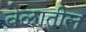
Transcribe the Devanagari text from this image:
वेळातील